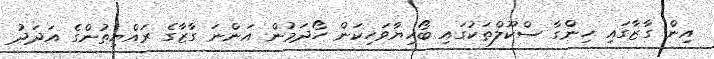
އިން ގާޒާގައި ހިންގާ ސްކޫލްތަކުގައި ބޯހިޔާވަހިކަން ހޯދަމުން އަންނަ ގާޒާގެ ރައްޔިތުންގެ އަދަދު